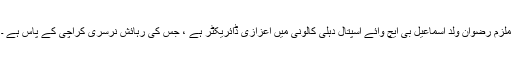
ملزم رضوان ولد اسماعیل بی ایچ وائے اسپتال دہلی کالونی میں اعزازی ڈائریکٹر ہے ، جس کی رہائش نرسری کراچی کے پاس ہے ۔